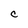
Character: C